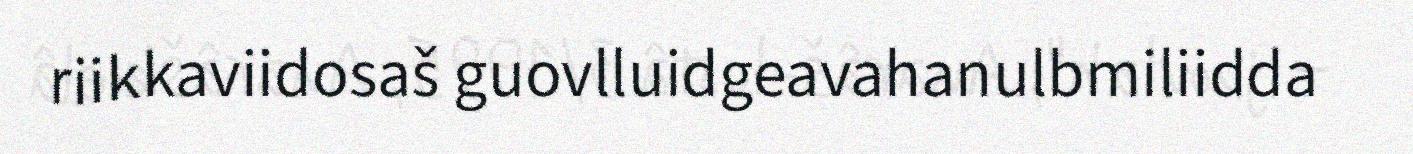
riikkaviidosaš guovlluidgeavahanulbmiliidda